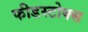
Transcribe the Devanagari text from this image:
फीडस्टोक्स